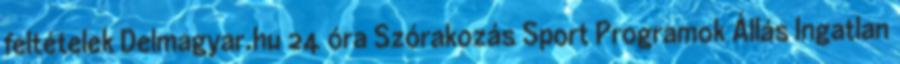
feltételek Delmagyar.hu 24 óra Szórakozás Sport Programok Állás Ingatlan